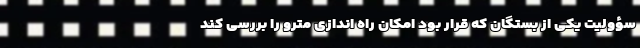
سؤولیت یکی از بستگان که قرار بود امکان راه اندازی مترو را بررسی کند